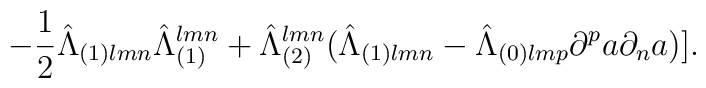
-{1\over 2}{\hat\Lambda}_{(1)lmn}{\hat\Lambda}_{(1)}^{lmn}+{\hat\Lambda}^{lmn}_{(2)}({\hat\Lambda}_{(1)lmn}-{\hat\Lambda}_{(0)lmp}\partial^pa\partial_na)].